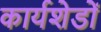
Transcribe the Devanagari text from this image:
कार्यशेडों